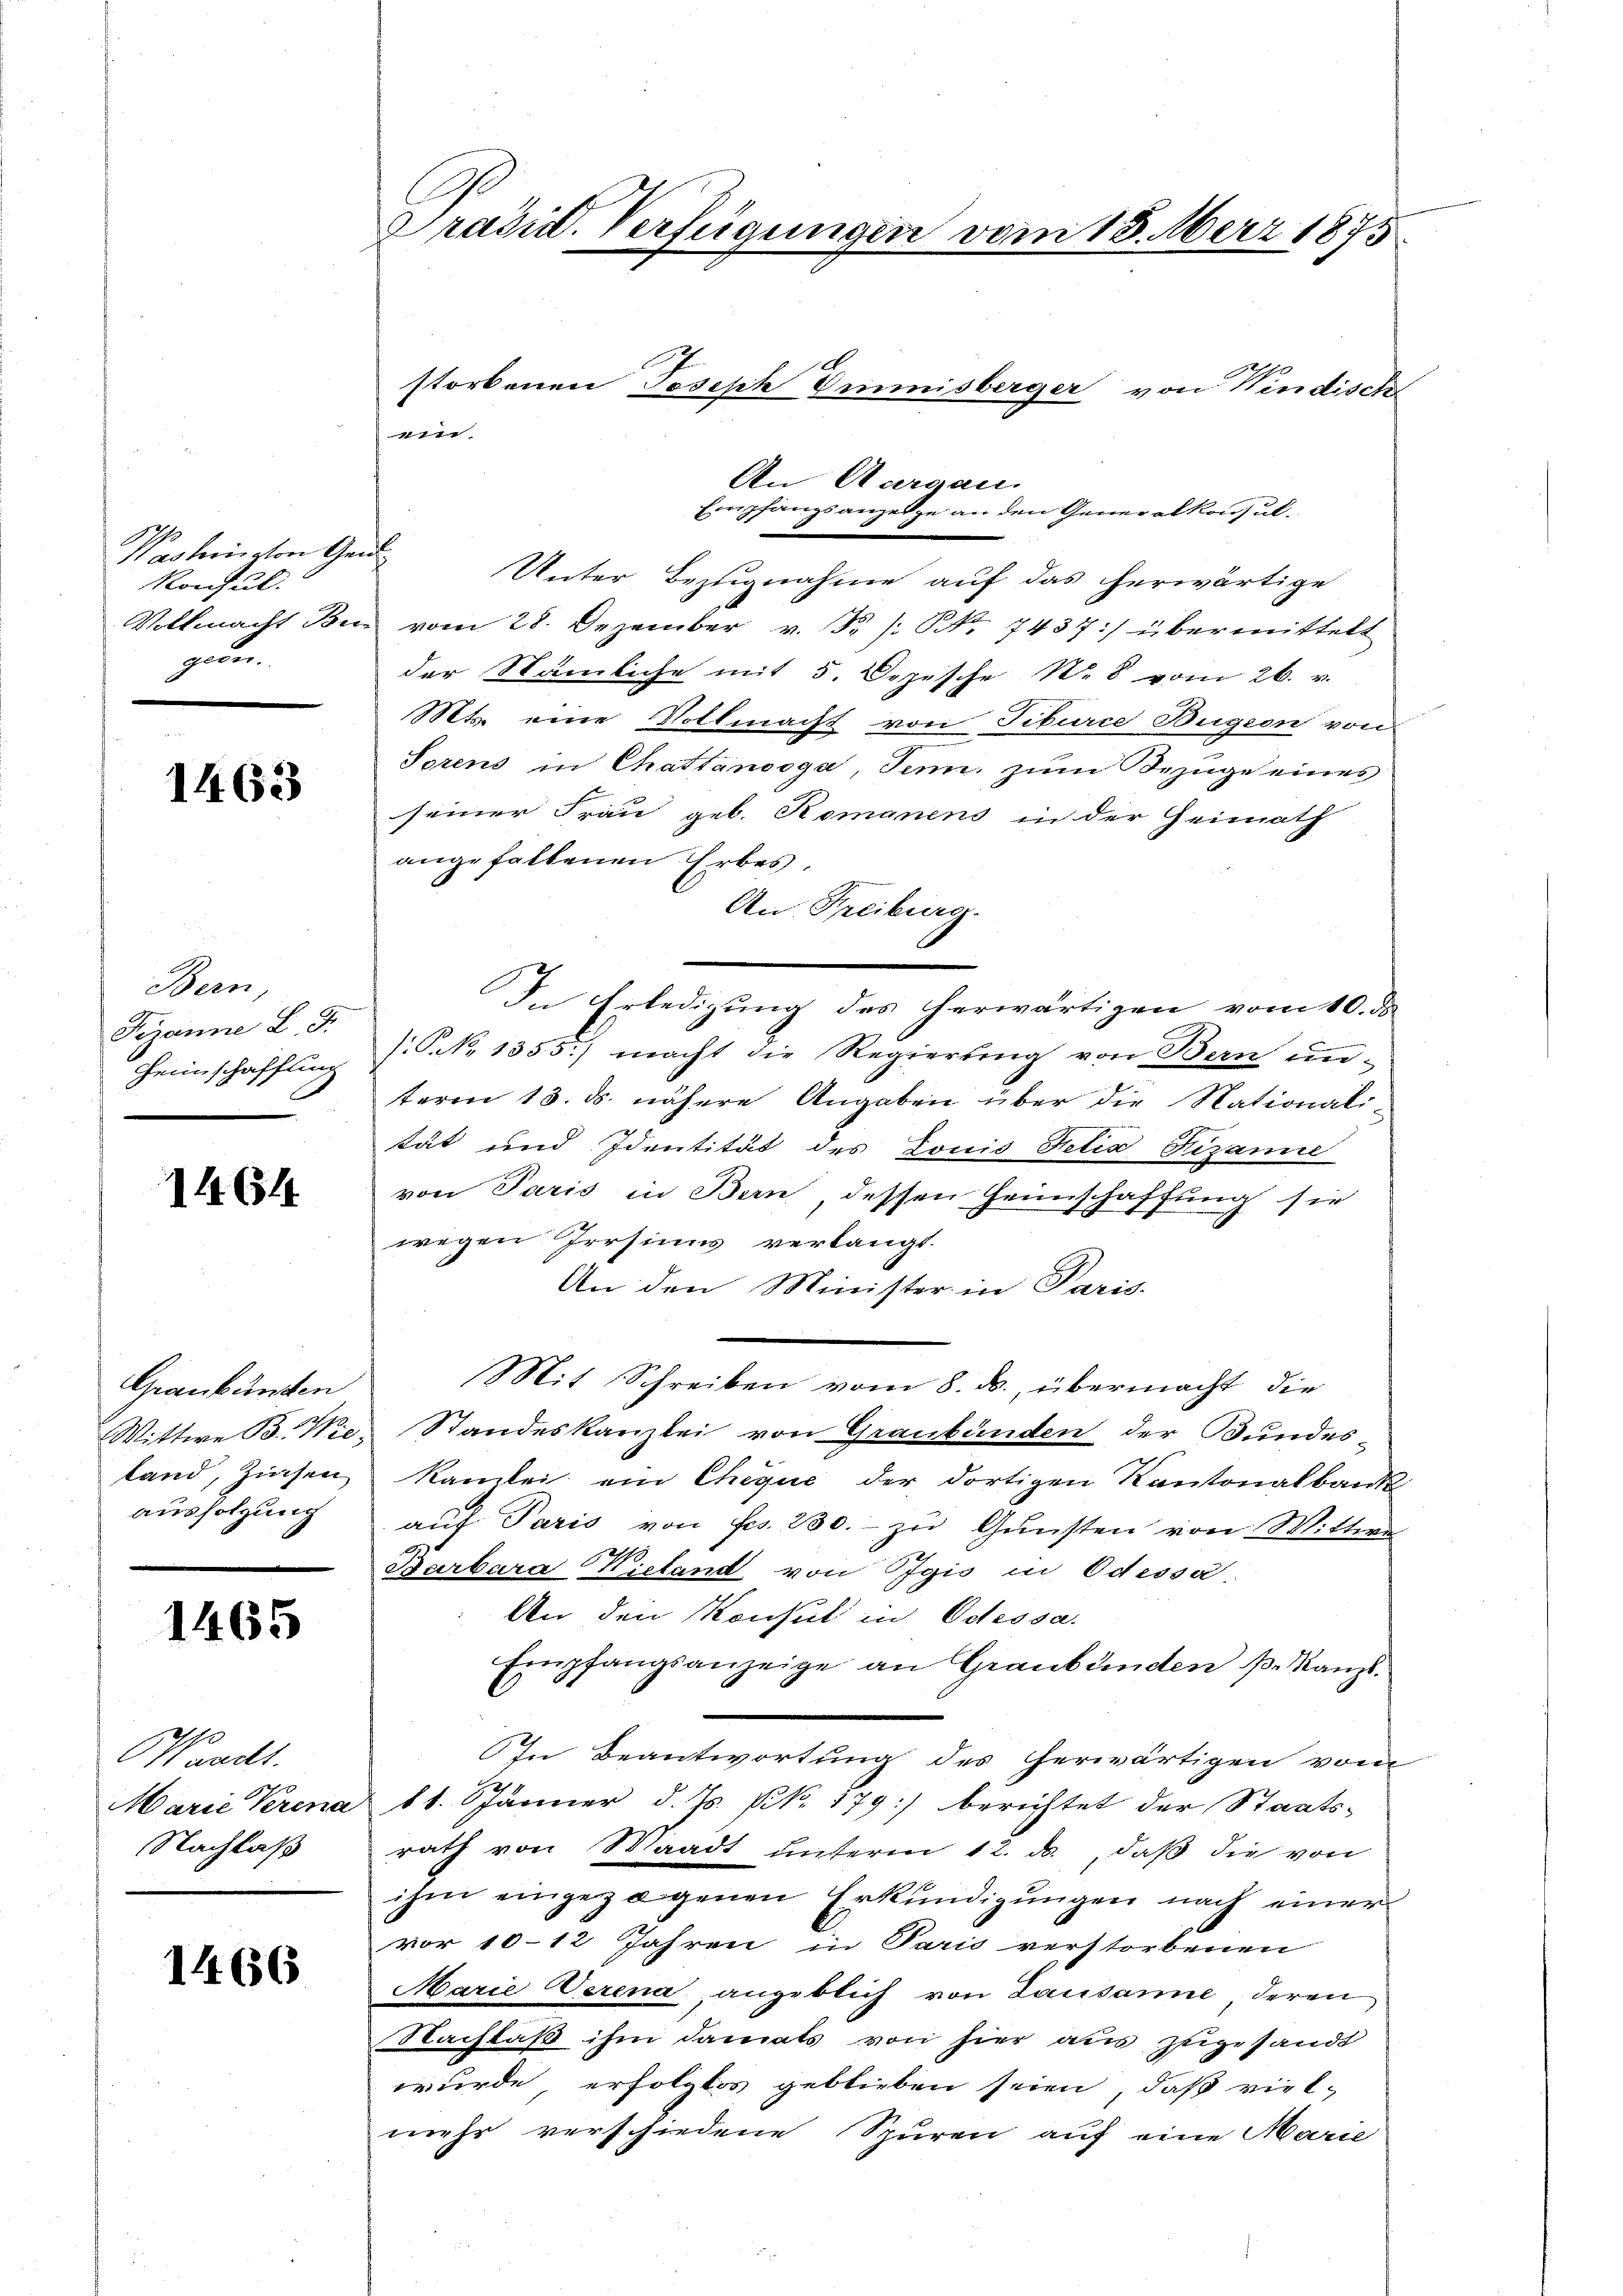
Washington Ge
Konsul.
Vollmacht Be
peten

1463

Bern,
Gianne L. 9.
Heimschaffung
“

1464

Graubünden
Wittwe B. Wieland, Zinsen
ausfolgung

1465

Waadt.
Marie Krena
Nachlaß

1466

Präsid. Verfügungen vom 13. März 1875

storbenen Joseph Vmmnisberger von Windisch
An Aargau.
Empfangsanzeige an den Generalkonsul-
s
Unter Bezugnahme auf das herwärtige
vom 28. Dezember v. R. /: NNo. 7437:) übermittelt
der Stämliche mit 5. Depesche N. 8 vom 26. v.
Mts. eine Vollmacht von Tiburce Bugion von
Torens in Chattánooga, Jenn, zum Bezüge eines
seiner Frau geb. Romanens in der Heimath
angefallenen Erbes,
An Freiburg.
In Erledigung des herwärtigen vom 10. ds
P.N. 1355) macht die Regierung von Bern un-
term 13. ds. nähere Angaben über die Nationali-
tät und Identität des Louis Netin Fezanne
von Paris in Bern dessen Heimschaffung sie
wegen Irrsinns verlangt.
An den Minister in Paris-
Mit Schreiben vom 8. ds. übermacht die
Standeskanzlei von Graubünden der Bundes-
kamlei ein Cheque der dortigen Kantonalbank
auf Paris von Frs. 230. - zu Gunsten von Wittwe
Barbara Kieland von Igio in Odessa.
An den Konsul in Odessa.
Empfangsanzeige an Graubünden p. Kanzl
In Beantwortung des herwärtigen vom
11. Jänner d. Js. kk. 179) berichtet der Staats-
rath von Waadt unterm 12. ds., daß die von
ihm eingezogenen Erkŭndigŭngen nach einer
vor 10-12 Jahren in Paris verstorbenen
Marie Verena, angeblich von Lausanne deren
Nachlaß ihm damals von hier aus zugesandt
wurde erfolgtes geblieben seien, daß viel-
mehr verschiedene Spuren auf eine Marie

ui